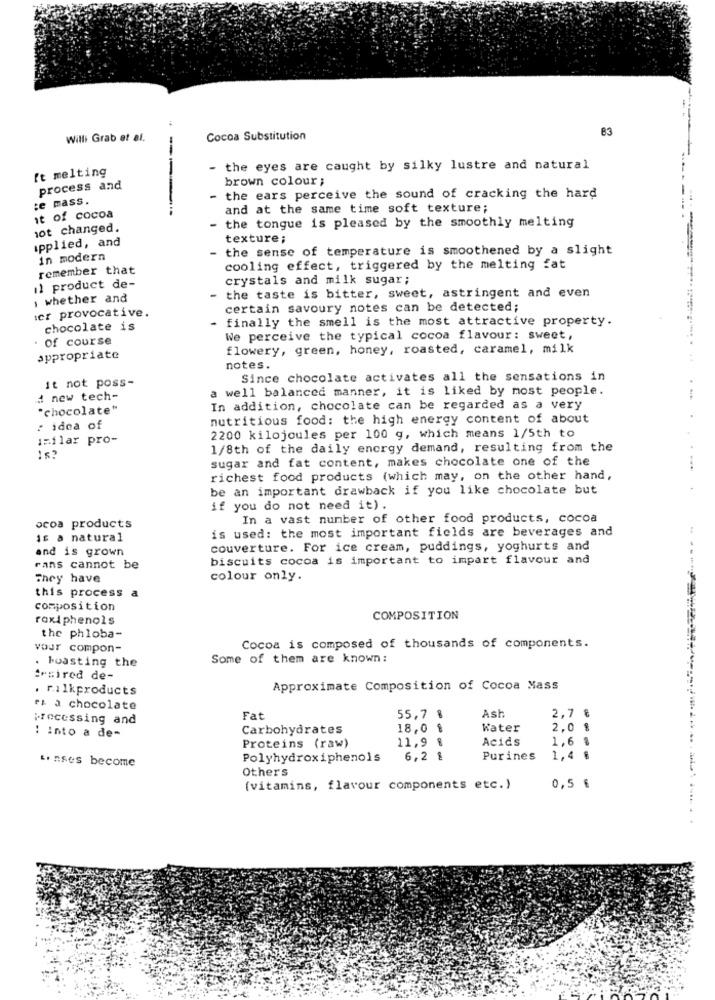
83
Willi Grab et al.
Cocoa Substitution
['t melting
- the eyes are caught by silky lustre and natural
brown colour;
process and
te mass.
- the ears perceive the sound of cracking the hard
and at the same time soft texture;
it of cocoa
the tongue is pleased by the smoothly melting
10t changed.
applied, and
texture;
- the sense of temperature is smoothened by a slight
in modern
remember that
cooling effect, triggered by the melting fat
crystals and milk sugar;
il product de-
the taste is bitter, sweet, astringent and even
whether and
-
ier provocative.
certain savoury notes can be detected;
finally the smell is the most attractive property.
chocolate is
of course
We perceive the typical cocoa flavour: sweet,
flowery, green, honey, roasted, caramel, milk
appropriate
notes.
it not poss-
Since chocolate activates all the sensations in
a well balanced manner, it is liked by most people.
# new tech-
..
"chocolate"
In addition, chocolate can be regarded as a very
nutritious food: the high energy content of about
: idea of
¡Filar pro-
2200 kilojoules per 100 g, which means 1/5th to
1/8th of the daily energy demand, resulting from the
sugar and fat content, makes chocolate one of the
richest food products (which may, on the other hand,
be an important drawback if you like chocolate but
if you do not need it).
In a vast number of other food products, cocoa
ocoa products
is used: the most important fields are beverages and
1£ a natural
and is grown
couverture. For ice cream, puddings, yoghurts and
biscuits cocoa is important to impart flavour and
rans cannot be
They have
colour only.
this process a
composition
raxi phenols
COMPOSITION
the phloba-
vour compon-
Cocoa is composed of thousands of components.
. boasting the
Some of them are known:
"sired de-
. r.ilkproducts
Approximate Composition of Cocoa Mass
ez a chocolate
Ash
2,7 €
processing and
Fat
55,7 %
Carbohydrates
18,0 %
Water
2,0 %
: Into a de-
Acids
1,6 %
Proteins (raw)
11,9
Polyhydroxiphenols
6,2 %
Purines
1,4 %
L. nses become
Others
(vitamins, flavour components etc.)
0,5 €